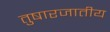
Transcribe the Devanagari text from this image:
तुषारजातीय